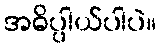
အဓိပ္ပါယ်ပါပဲ။